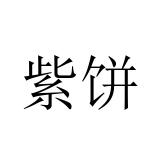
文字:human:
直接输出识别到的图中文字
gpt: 紫饼